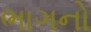
ભાગનો